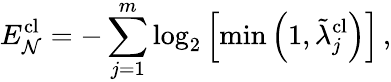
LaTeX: E_{\mathcal{N}}^{\textrm{cl}}=-\sum_{j=1}^{m}\log_{2}\left[\operatorname*{min}\left(1,\tilde{\lambda}_{j}^{\textrm{cl}}\right)\right]\, ,